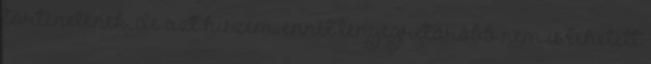
történetének, de azt hiszem, ennél lényegretörőbb nem is lehetett